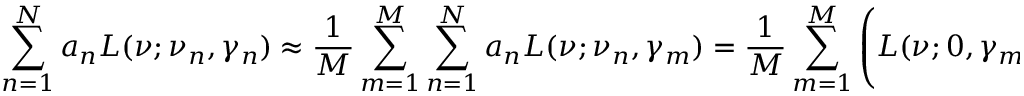
\sum _ { n = 1 } ^ { N } a _ { n } L ( \nu ; \nu _ { n } , \gamma _ { n } ) \approx \frac { 1 } { M } \sum _ { m = 1 } ^ { M } \sum _ { n = 1 } ^ { N } a _ { n } L ( \nu ; \nu _ { n } , \gamma _ { m } ) = \frac { 1 } { M } \sum _ { m = 1 } ^ { M } \left( L ( \nu ; 0 , \gamma _ { m } ) \ast \sum _ { n = 1 } ^ { N } a _ { n } \delta ( \nu - \nu _ { n } ) \right) ,